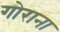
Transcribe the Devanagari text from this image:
गोराना